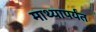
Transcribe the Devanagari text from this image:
माथ्यापर्यंत